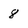
Character: 8